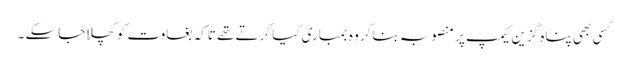
کسی بھی پناہ گزین کیمپ پر منصوبہ بناکر وہ بمباری کیا کرتے تھے تاکہ بغاوت کو کچلا جاسکے ۔